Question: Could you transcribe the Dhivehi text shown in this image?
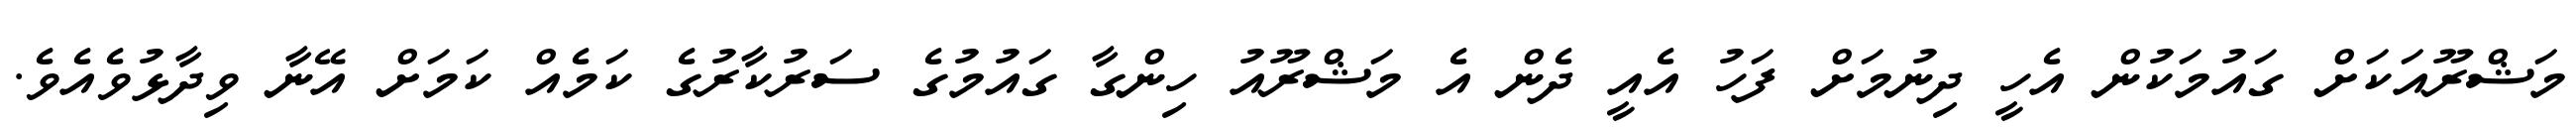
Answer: މަޝްރޫއަކަށް ގައުމަކުން އެހީ ދިނުމަށް ފަހު އެއީ ދެން އެ މަޝްރޫއު ހިންގާ ގައުމުގެ ސަރުކާރުގެ ކަމެއް ކަމަށް އޭނާ ވިދާޅުވެއެވެ.